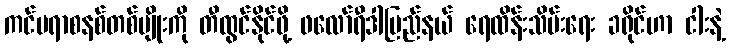
ကင်မရာစနစ်တစ်မျိုးကို တီထွင်နိုင်ဖို့ ဖလော်ရီဒါပြည်နယ် ရေထိန်းသိမ်းရေး ခရိုင်ဟာ ငါးနဲ့